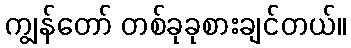
ကျွန်တော် တစ်ခုခုစားချင်တယ်။